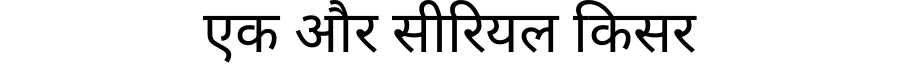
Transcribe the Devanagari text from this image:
एक और सीरियल किसर